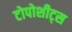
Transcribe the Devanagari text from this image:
टोपोशीट्स